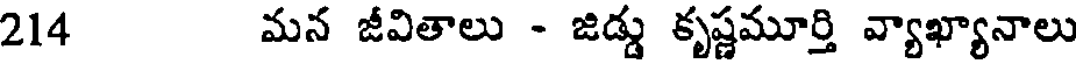
214 మన జీవితాలు - జిడ్డు కృష్ణమూర్తి వ్యాఖ్యానాలు